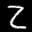
Label: 2